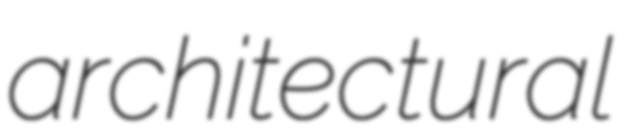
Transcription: architectural